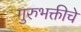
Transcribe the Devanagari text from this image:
गुरुभक्तीचे